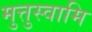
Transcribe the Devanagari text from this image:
मुत्तुस्वामि